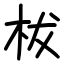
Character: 柭